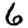
Digit: 6